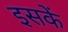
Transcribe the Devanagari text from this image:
इसकें